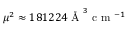
\mu ^ { 2 } \approx 1 8 1 2 2 4 \mathrm { ~ \AA ~ } ^ { 3 } \mathrm { ~ c ~ m ~ } ^ { - 1 }